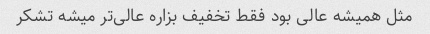
مثل همیشه عالی بود فقط تخفیف بزاره عالی‌تر میشه تشکر